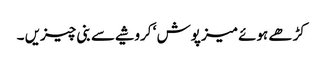
کڑھے ہوئے میز پوش ‘ کروشیے سے بنی چیزیں ۔